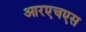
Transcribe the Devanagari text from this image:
आरएचएस